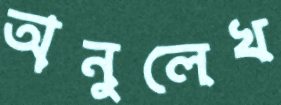
অনুলেখ